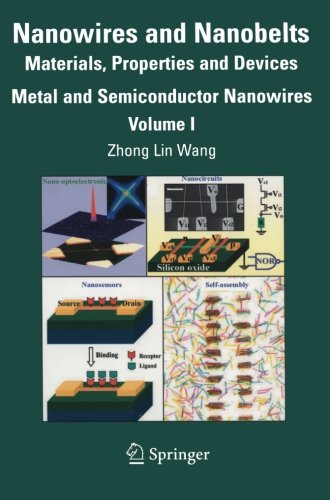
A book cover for Nanowires and Nanobelts: Materials, Properties and Devices. Volume 1: Metal and Semiconductor Nanowires; Science & Math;